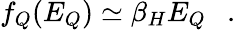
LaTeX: f_{Q}(E_{Q})\simeq\beta_{H}E_{Q}~~~.